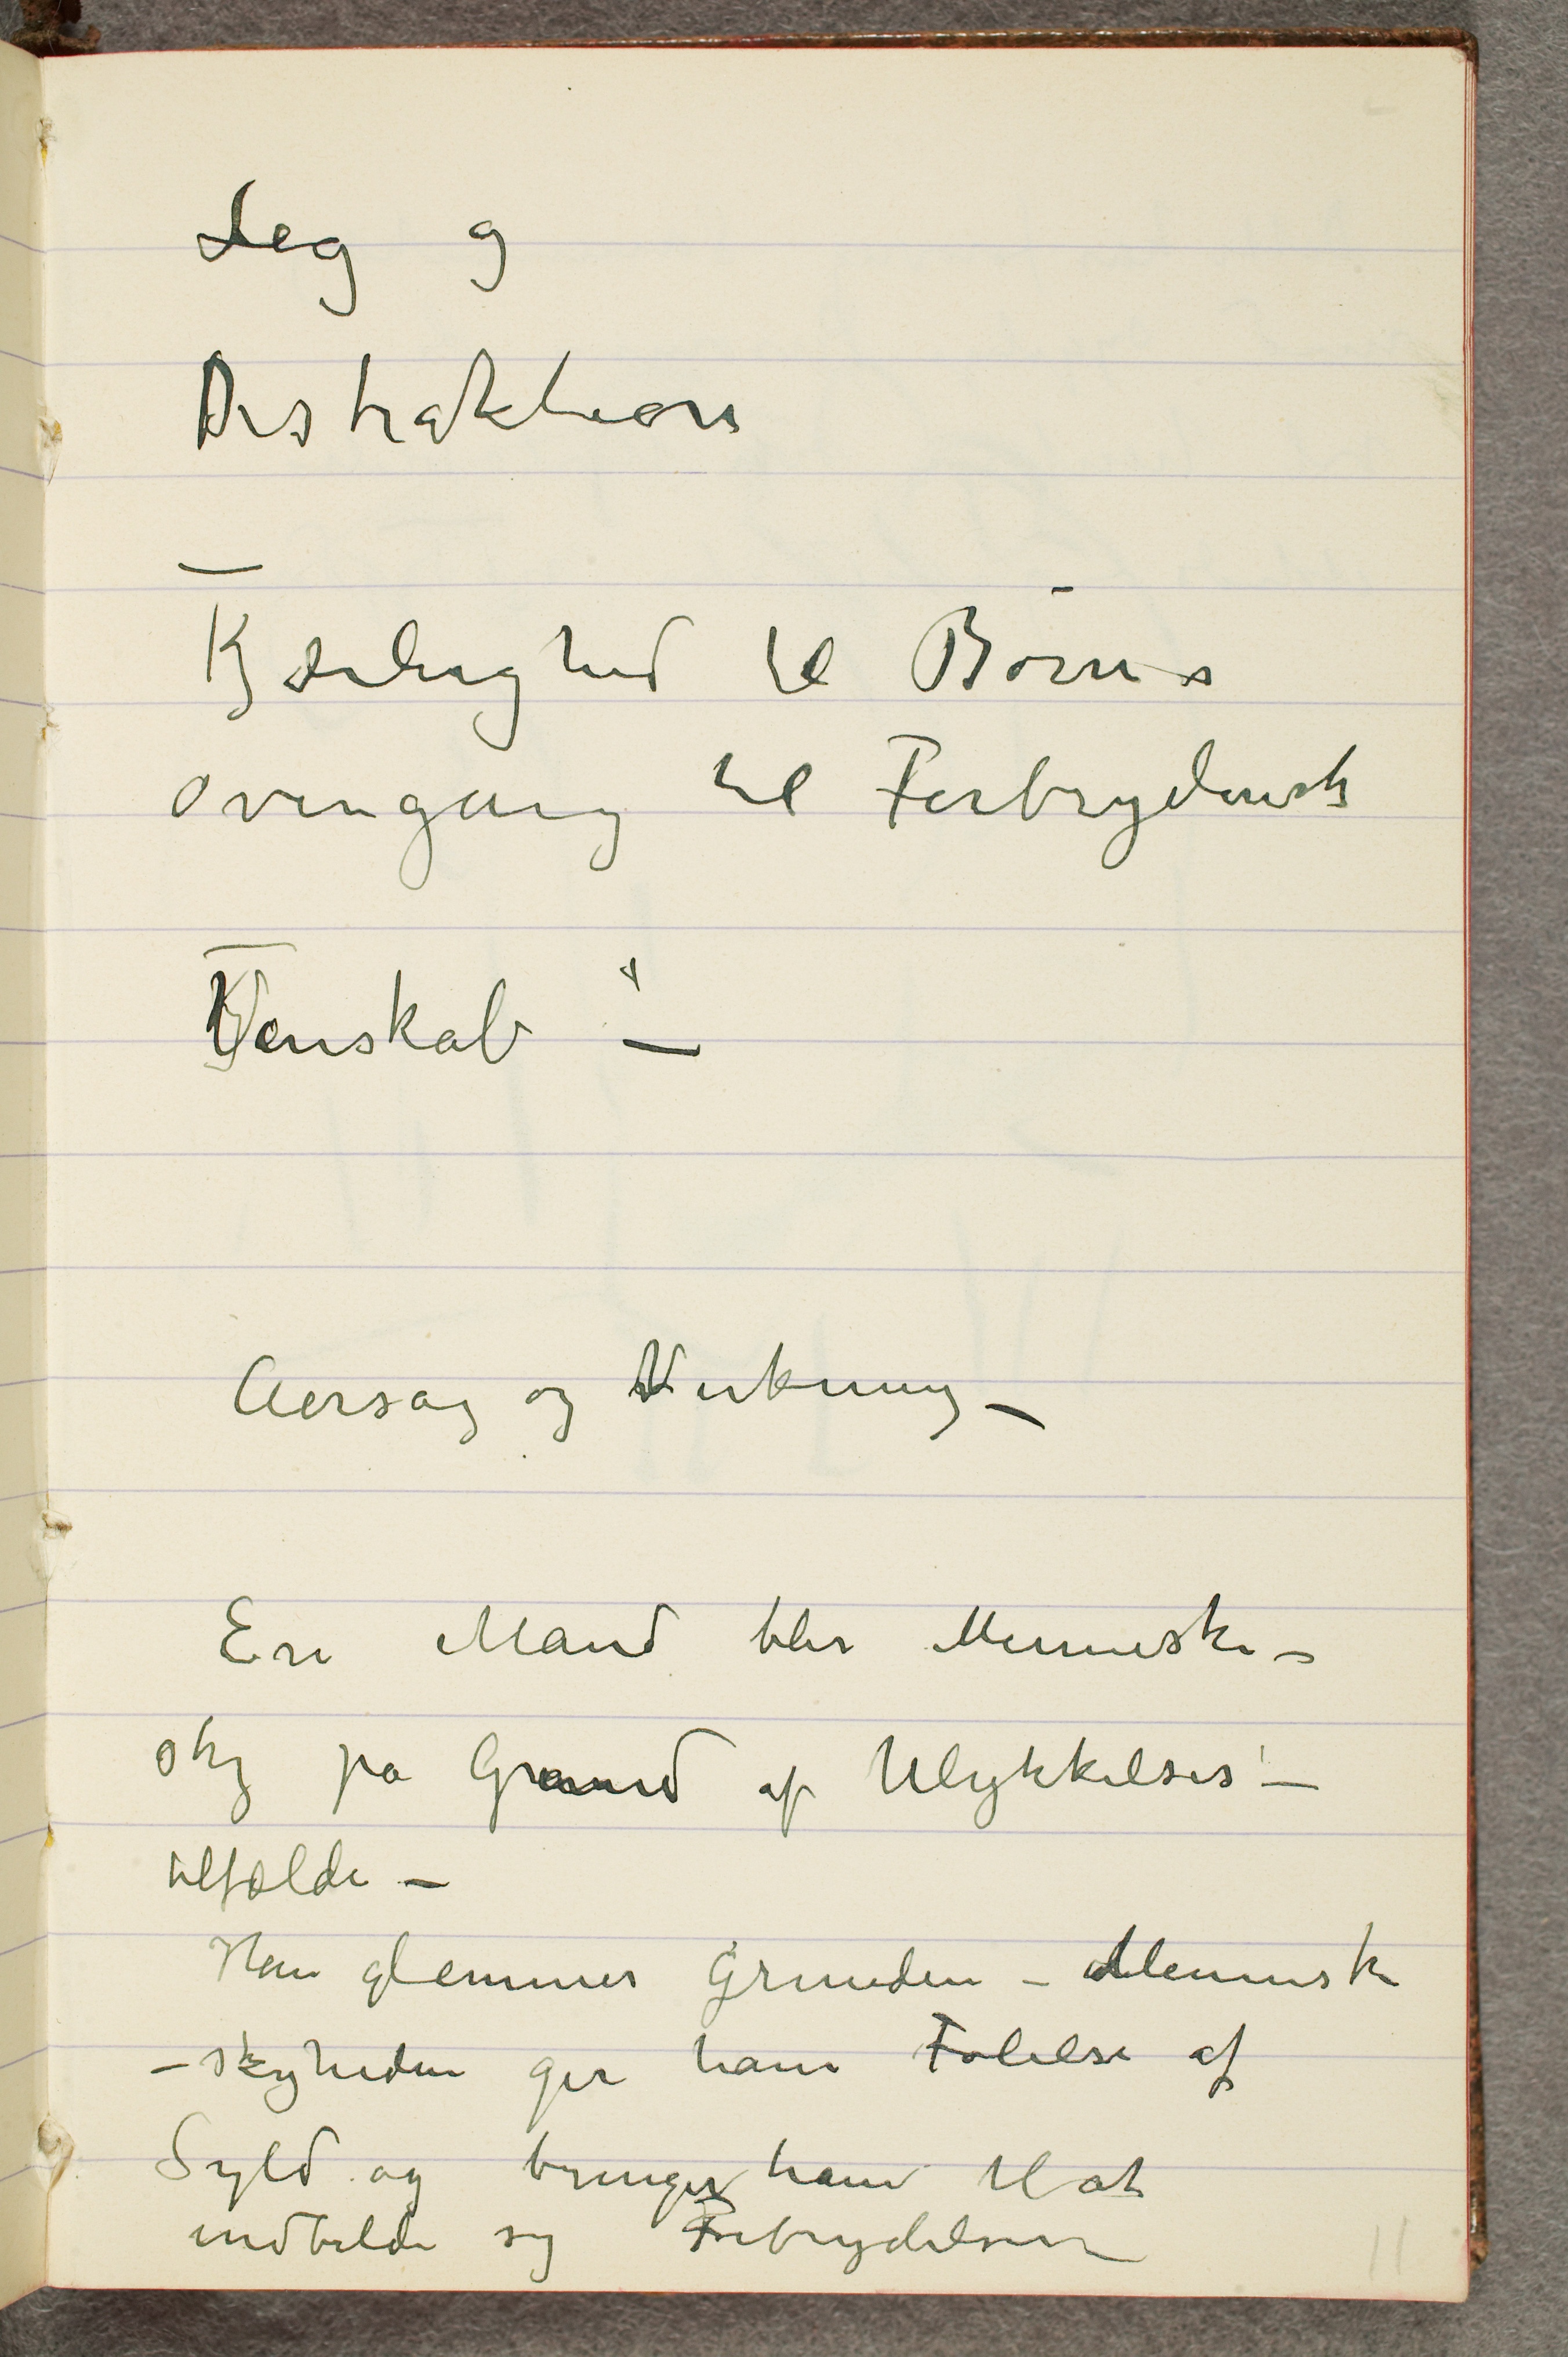
Leg og
Distraktion
Kjærlighed til Børn er
overgang til Forbryderisk
Venskab –
Aarsag og Virkning –
En Mand blir Menneske-
sky på Grund af Ulykkelses–
tilfælde –
Han glemmer Grunden – Menneske-
skyheden gir ham Følelse af
Syld og bringer ham til at
indbilde sig Forbrydelser